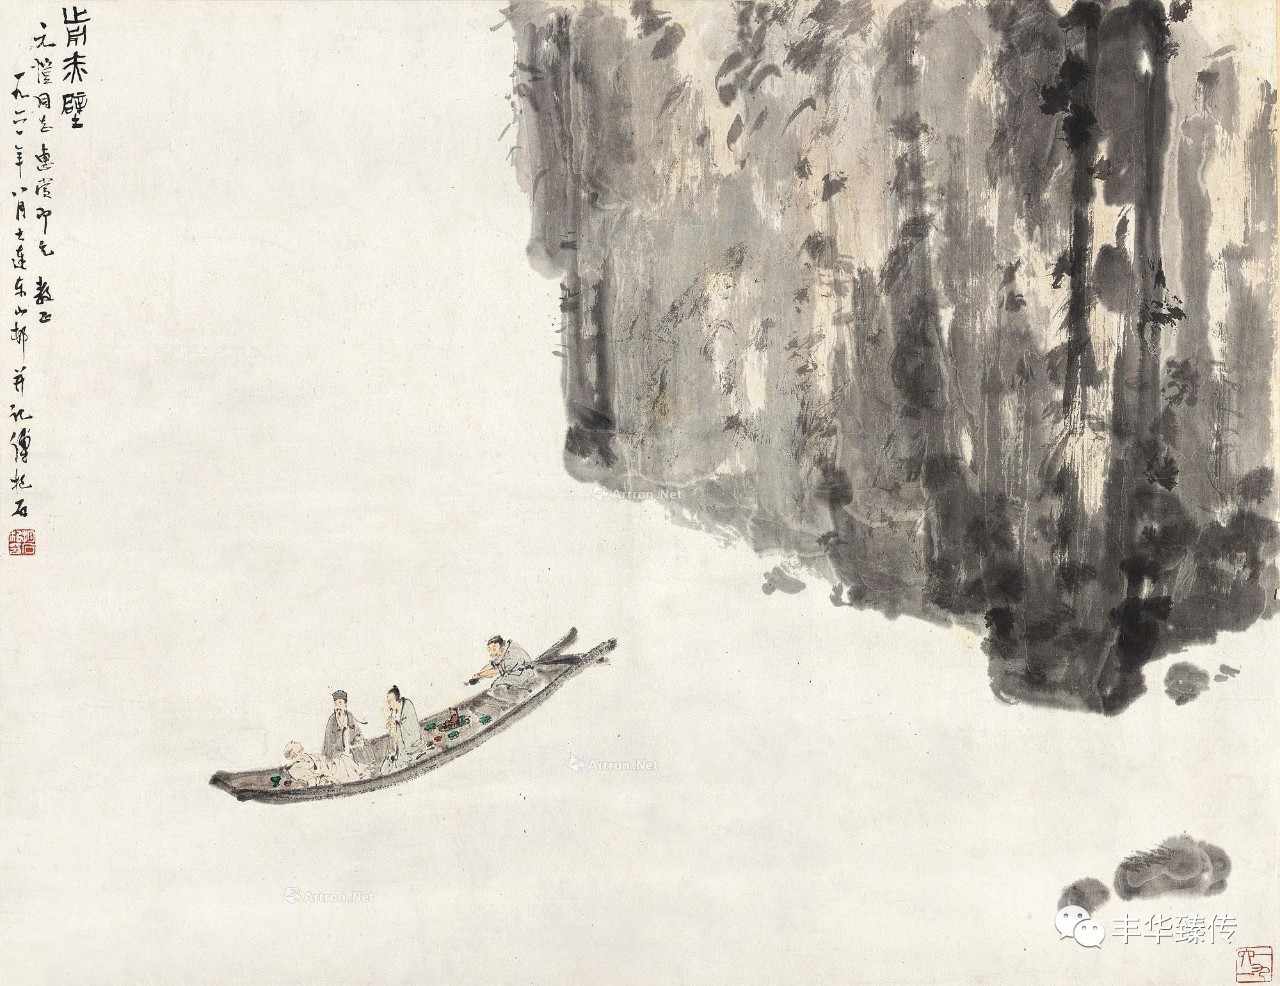
潮平两岸阔，风正一帆悬。